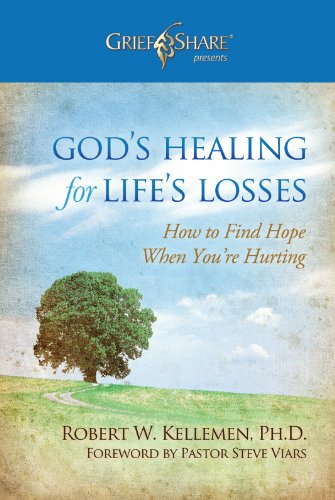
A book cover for God's Healing for Life's Losses: How to Find Hope When You're Hurting (Grief Share Presents); Robert W. Kellemen; Christian Books & Bibles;